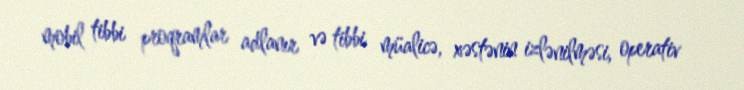
mobil tibbi proqramlar adlanır və tibbi müalicə, xəstənin izlənilməsi, operativ